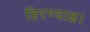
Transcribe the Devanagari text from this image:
हिरण्याक्ष।